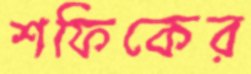
শফিকের